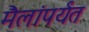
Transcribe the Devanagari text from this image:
मैलांपर्यंत